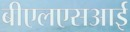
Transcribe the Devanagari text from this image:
बीएलएसआई